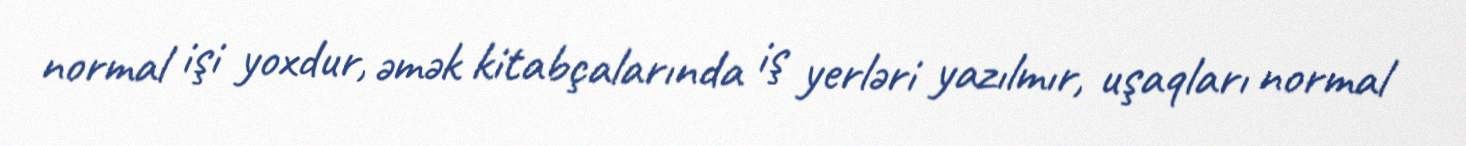
normal işi yoxdur, əmək kitabçalarında iş yerləri yazılmır, uşaqları normal